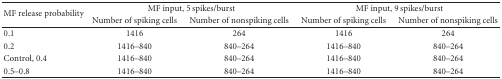
<table><thead><tr><td rowspan="2"><b>MF release probability</b></td><td colspan="2"><b>MF input, 5 spikes/burst</b></td><td colspan="2"><b>MF input, 9 spikes/burst</b></td></tr><tr><td><b>Number of spiking cells </b></td><td><b>Number of nonspiking cells</b></td><td><b>Number of spiking cells </b></td><td><b>Number of nonspiking cells</b></td></tr></thead><tbody><tr><td>0.1</td><td>1416</td><td>264</td><td>1416</td><td>264</td></tr><tr><td>0.2</td><td>1416–840</td><td>840–264</td><td>1416–840</td><td>840–264</td></tr><tr><td>Control, 0.4</td><td>1416–840</td><td>840–264</td><td>1416–840</td><td>840–264</td></tr><tr><td>0.5–0.8</td><td>1416–840</td><td>840–264</td><td>1416–840</td><td>840–264</td></tr></tbody></table>